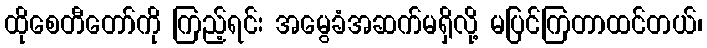
ထိုစေတီတော်ကို ကြည့်ရင်း အမွေခံအဆက်မရှိလို့ မပြင်ကြတာထင်တယ်၊